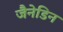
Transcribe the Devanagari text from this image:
जैनेडिन